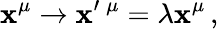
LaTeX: \mathbf{x}^{\mu}\rightarrow\mathbf{x}^{\prime}\, ^{\mu}=\lambda\mathbf{x}^{\mu}\, ,